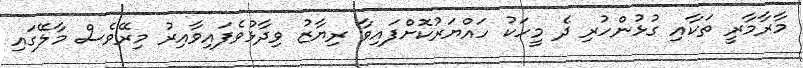
މާރާމާރީ ތަކާއި ގުޅުންހުރި ދެ މީހަކު ހައްޔަރުކޮށްފައިވާ ރިޔާޒު ވިދާޅުވެފައިވާއިރު މިރޭވެސް މާލޭގައި